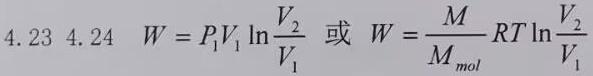
4.23 4.24 $W = P_1V_1 \ln\frac{V_2}{V_1}$ 或 $W = \frac{M}{M_{mol}}RT\ln\frac{V_2}{V_1}$